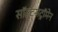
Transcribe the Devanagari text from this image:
सॉल्ट्सट्रॉमेन